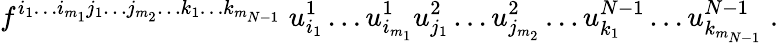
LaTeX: f^{i_{1}\ldots i_{m_{1}}j_{1}\ldots j_{m_{2}}\ldots k_{1}\ldots k_{m_{N-1}}}\; u_{i_{1}}^{1}\ldots u_{i_{m_{1}}}^{1}u_{j_{1}}^{2}\ldots u_{j_{m_{2}}}^{2}\ldots u_{k_{1}}^{N-1}\ldots u_{k_{m_{N-1}}}^{N-1}\; .